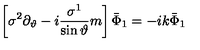
\left[ \sigma ^ { 2 } \partial _ { \vartheta } - i \frac { \sigma ^ { 1 } } { \sin \vartheta } m \right] \bar { \Phi } _ { 1 } = - i k \bar { \Phi } _ { 1 }